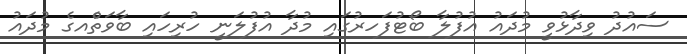
ސައުދު ވިދާޅުވީ މުދައު އުފުލާ ބޯޓުފަަހރުގައި މުދާ އުފުލަނީ ހުރިހައި ބާވަތެްއގެ މުދައު